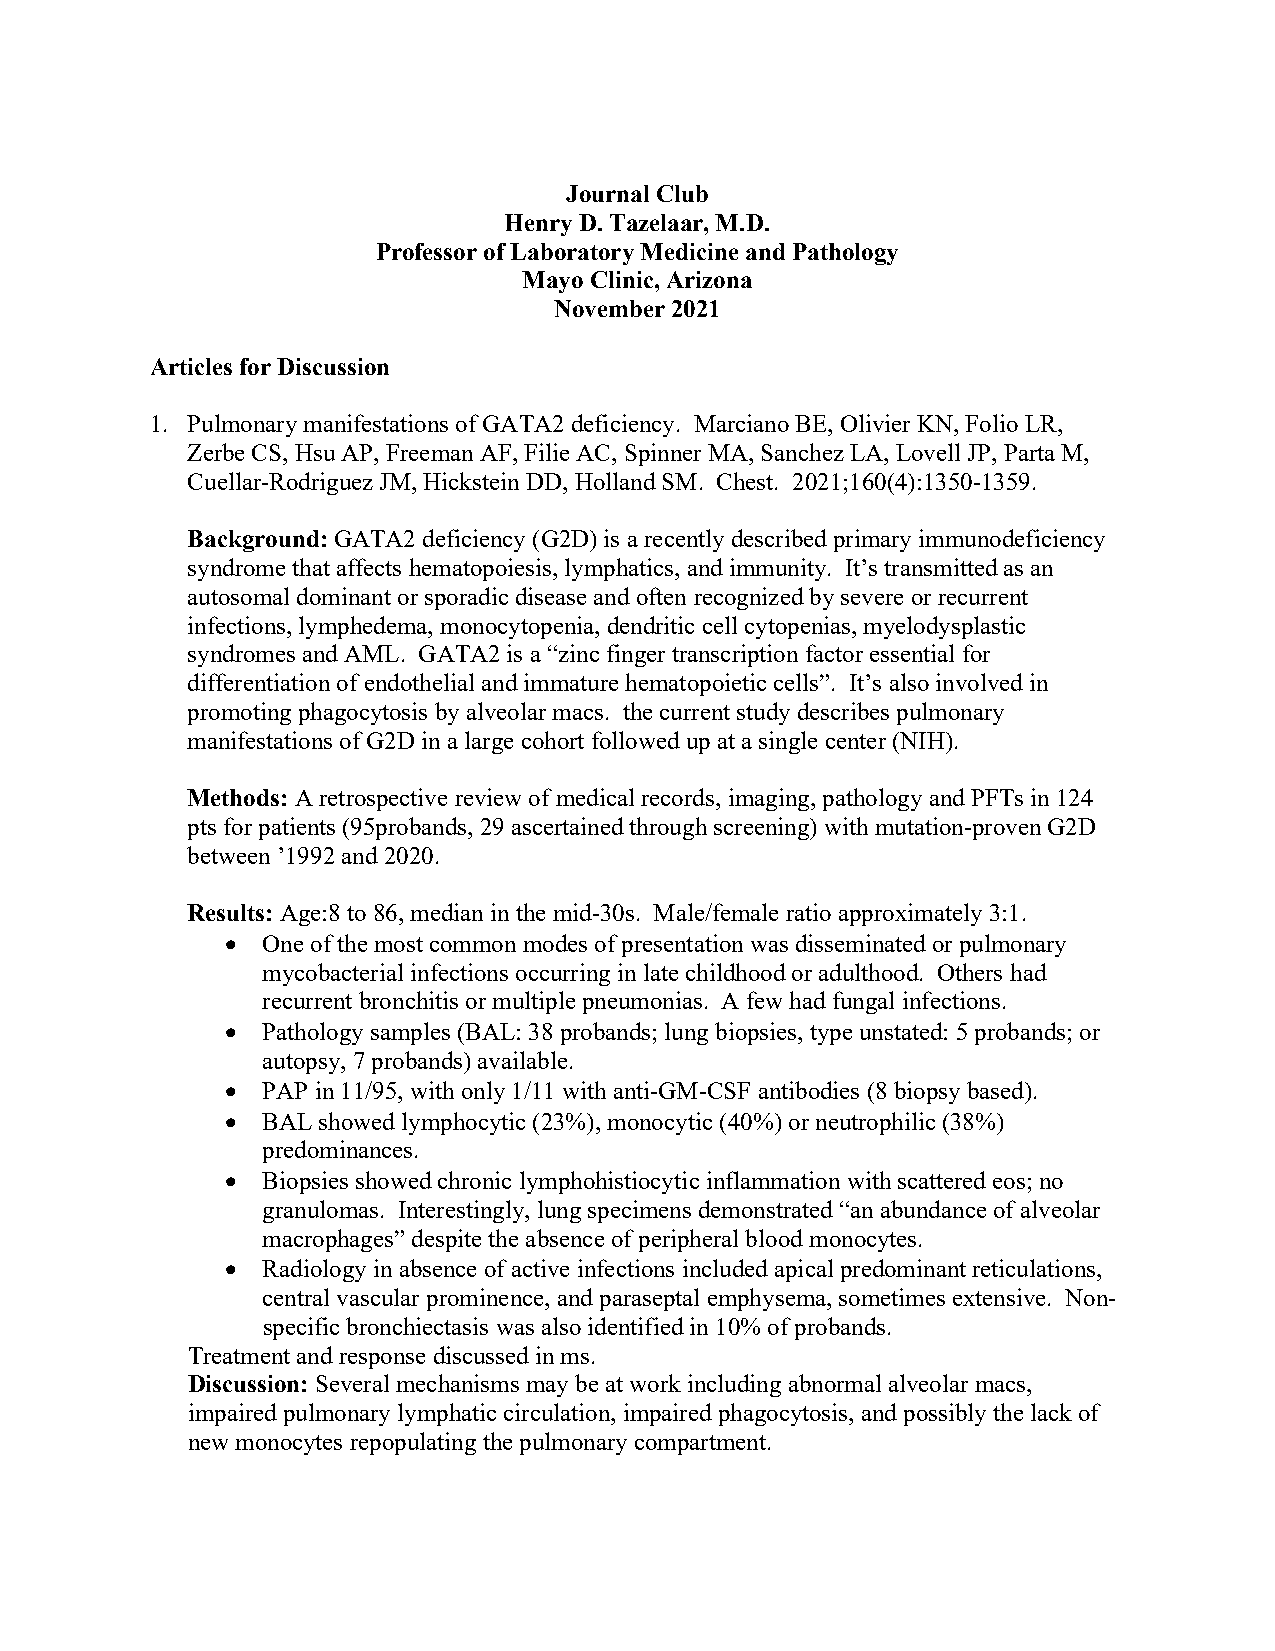
Journal Club
 Henry D. Tazelaar, M.D.
 Professor of Laboratory Medicine and Pathology
 Mayo Clinic, Arizona
 November 2021
 Articles for Discussion
 1. Pulmonary manifestations of GATA2 deficiency. Marciano BE, Olivier KN, Folio LR,
 Zerbe CS, Hsu AP, Freeman AF, Filie AC, Spinner MA, Sanchez LA, Lovell JP, Parta M,
 Cuellar-Rodriguez JM, Hickstein DD, Holland SM. Chest. 2021;160(4):1350-1359.
 Background: GATA2 deficiency (G2D) is a recently described primary immunodeficiency
 syndrome that affects hematopoiesis, lymphatics, and immunity. It’s transmitted as an
 autosomal dominant or sporadic disease and often recognized by severe or recurrent
 infections, lymphedema, monocytopenia, dendritic cell cytopenias, myelodysplastic
 syndromes and AML. GATA2 is a “zinc finger transcription factor essential for
 differentiation of endothelial and immature hematopoietic cells”. It’s also involved in
 promoting phagocytosis by alveolar macs. the current study describes pulmonary
 manifestations of G2D in a large cohort followed up at a single center (NIH).
 Methods: A retrospective review of medical records, imaging, pathology and PFTs in 124
 pts for patients (95probands, 29 ascertained through screening) with mutation-proven G2D
 between ’1992 and 2020.
 Results: Age:8 to 86, median in the mid-30s. Male/female ratio approximately 3:1.
 • One of the most common modes of presentation was disseminated or pulmonary
 mycobacterial infections occurring in late childhood or adulthood. Others had
 recurrent bronchitis or multiple pneumonias. A few had fungal infections.
 • Pathology samples (BAL: 38 probands; lung biopsies, type unstated: 5 probands; or
 autopsy, 7 probands) available.
 • PAP in 11/95, with only 1/11 with anti-GM-CSF antibodies (8 biopsy based).
 • BAL showed lymphocytic (23%), monocytic (40%) or neutrophilic (38%)
 predominances.
 • Biopsies showed chronic lymphohistiocytic inflammation with scattered eos; no
 granulomas. Interestingly, lung specimens demonstrated “an abundance of alveolar
 macrophages” despite the absence of peripheral blood monocytes.
 • Radiology in absence of active infections included apical predominant reticulations,
 central vascular prominence, and paraseptal emphysema, sometimes extensive. Non-
 specific bronchiectasis was also identified in 10% of probands.
 Treatment and response discussed in ms.
 Discussion: Several mechanisms may be at work including abnormal alveolar macs,
 impaired pulmonary lymphatic circulation, impaired phagocytosis, and possibly the lack of
 new monocytes repopulating the pulmonary compartment.